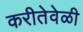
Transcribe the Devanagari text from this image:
करीतेवेळी